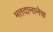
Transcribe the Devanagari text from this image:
मतदानानेच